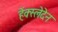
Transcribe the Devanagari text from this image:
हेंक्स्लेदेन